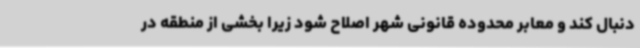
دنبال کند و معابر محدوده قانونی شهر اصلاح شود زیرا بخشی از منطقه در